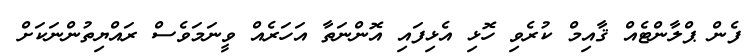
ފެން ޕްލާންޓެއް ޤާއިމް ކުރެވި ހޮޅި އެޅިފައި އޮންނަތާ އަހަރެއް ވީނަމަވެސް ރައްޔިތުންނަކަށް